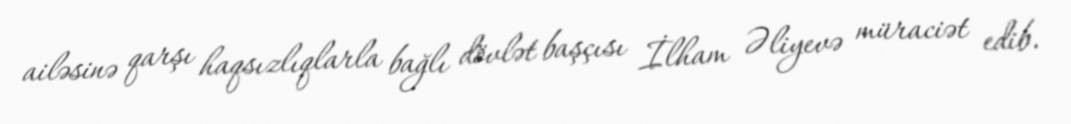
ailəsinə qarşı haqsızlıqlarla bağlı dövlət başçısı İlham Əliyevə müraciət edib.